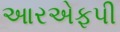
આરએફપી